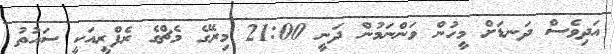
އަދިވެސް ދަނޑަށް މީހުން ވަންނަމުން ދަނީ 21:00 މިރޭގެ މެޗްގެ ރެފްރީއަކީ ސައުތު